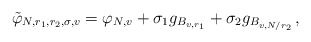
\begin{align*}\tilde{\varphi}_{ N, r_1, r_2, \sigma, v} = \varphi_{N, v}+ \sigma_1 g_{B_{v, r_1}} + \sigma_2 g_{B_{v, N/r_2}} \,,\end{align*}